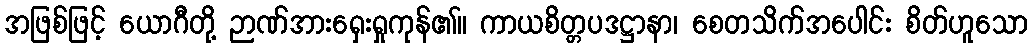
အဖြစ်ဖြင့် ယောဂီတို့ ဉာဏ်အားရှေးရှုကုန်၏။ ကာယစိတ္တပဒဋ္ဌာနာ၊ စေတသိက်အပေါင်း စိတ်ဟူသော